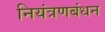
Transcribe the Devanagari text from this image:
नियंत्रणबंधन